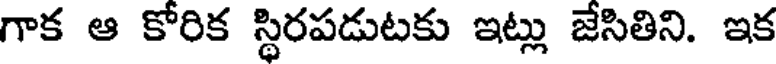
గాక ఆ కోరిక స్థిరపడుటకు ఇట్లు జేసితిని. ఇక